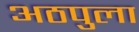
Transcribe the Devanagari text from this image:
अठपुला